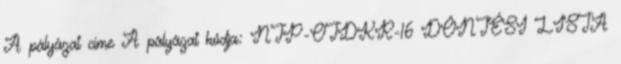
A pályázat címe A pályázat kódja: NTP-OTDKR-16 DÖNTÉSI LISTA